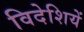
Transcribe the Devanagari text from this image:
विदेशियें